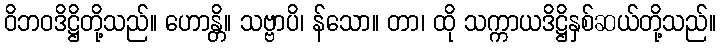
ဝိဘဝဒိဋ္ဌိတို့သည်။ ဟောန္တိ။ သဗ္ဗာပိ၊ န်သော။ တာ၊ ထို သက္ကာယဒိဋ္ဌိနှစ်ဆယ်တို့သည်။